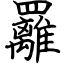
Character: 䍦